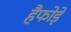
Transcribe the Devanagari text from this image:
हैफोड़े